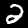
Digit: 2